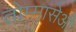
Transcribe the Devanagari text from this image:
तोम्मासेओ